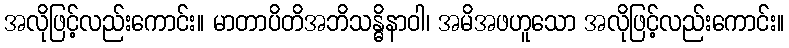
အလိုဖြင့်လည်းကောင်း။ မာတာပိတိအဘိသန္ဓိနာဝါ၊ အမိအဖဟူသော အလိုဖြင့်လည်းကောင်း။